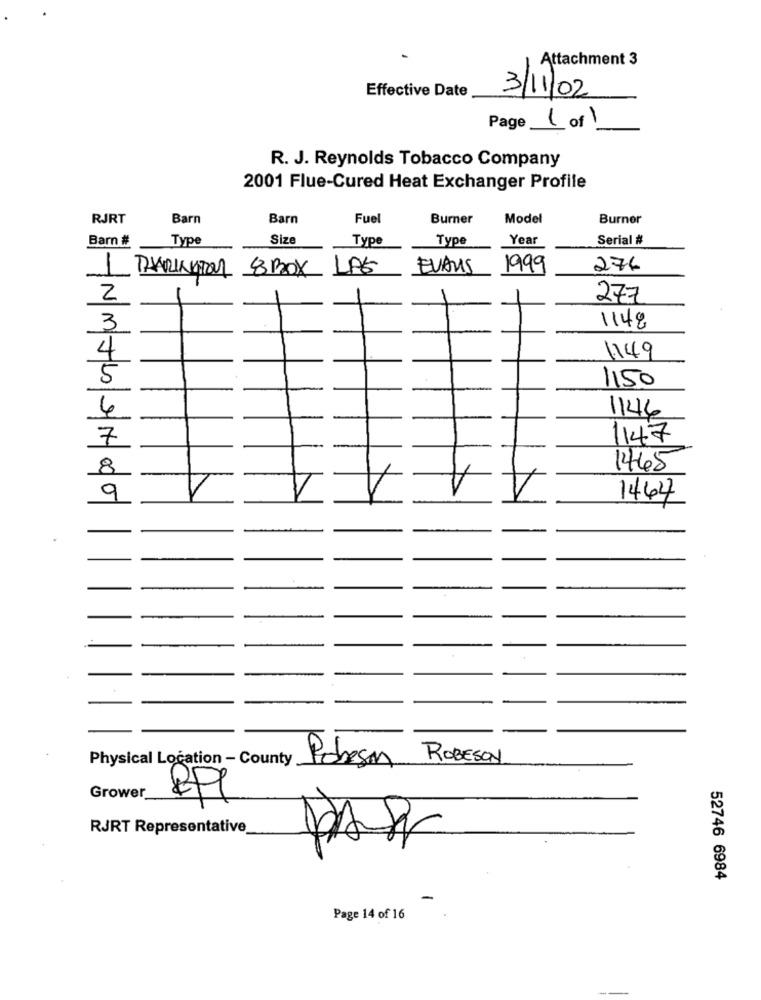
Attachment 3
Effective Date
3/11/02
Page 1 of 1
R. J. Reynolds Tobacco Company
2001 Flue-Cured Heat Exchanger Profile
RJRT
Barn
Barn
Fuel
Burner
Model
Burner
Barn #
Type
Size
Type
Type
Year
Serial #
LAS
EVANS
1999
276
1 THARINGTON 8BOX
2
277
3
1148
4
1149
5
1150
4
1146
7
1147
1
1
8
1445
9
1464
Physical Location - County
ROBESON
Pobeson
Grower
RJRT Representative
52746 6984
Page 14 of 16